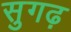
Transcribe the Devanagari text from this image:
सुगढ़